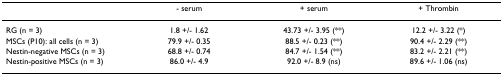
<table><thead><tr><td></td><td><b>- serum</b></td><td><b>+ serum</b></td><td><b>+ Thrombin</b></td></tr></thead><tbody><tr><td>RG (n = 3)</td><td>1.8 +/- 1.62</td><td>43.73 +/- 3.95 (**)</td><td>12.2 +/- 3.22 (*)</td></tr><tr><td>MSCs (P10): all cells (n = 3)</td><td>79.9 +/- 0.35</td><td>88.5 +/- 0.23 (**)</td><td>90.4 +/- 2.29 (**)</td></tr><tr><td>Nestin-negative MSCs (n = 3)</td><td>68.8 +/- 0.74</td><td>84.7 +/- 1.54 (**)</td><td>83.2 +/- 2.21 (**)</td></tr><tr><td>Nestin-positive MSCs (n = 3)</td><td>86.0 +/- 4.9</td><td>92.0 +/- 8.9 (ns)</td><td>89.6 +/- 1.06 (ns)</td></tr></tbody></table>